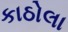
કાઠોલા